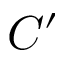
C ^ { \prime }